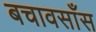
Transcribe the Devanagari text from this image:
बचावसाँस